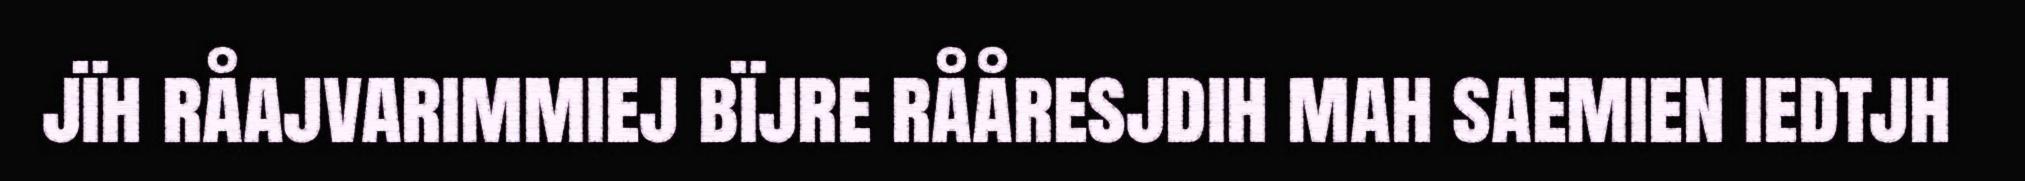
jïh råajvarimmiej bïjre rååresjdih mah saemien iedtjh